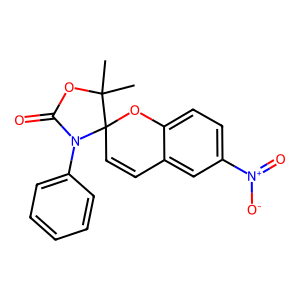
SMILES: CC1(C)OC(=O)N(c2ccccc2)C12C=Cc1cc([N+](=O)[O-])ccc1O2
Inhibits HIV replication: No